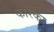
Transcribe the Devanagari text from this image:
कारका